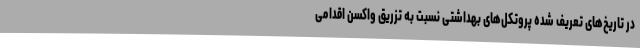
در تاریخ‌های تعریف شده پروتکل‌های بهداشتی نسبت به تزریق واکسن اقدامی